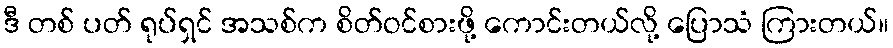
ဒီ တစ် ပတ် ရုပ်ရှင် အသစ်က စိတ်ဝင်စားဖို့ ကောင်းတယ်လို့ ပြောသံ ကြားတယ်။